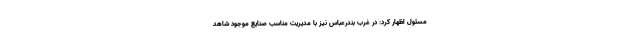
مسئول اظهار کرد: در غرب بندرعباس نیز با مدیریت مناسب صنایع موجود شاهد